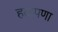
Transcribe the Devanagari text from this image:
हळूपणा